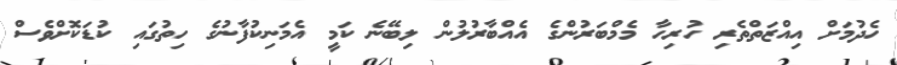
ހެދުމަށް އިއްޒަތްތެރި ހުރިހާ މެމްބަރުންގެ އެއްބާރުލުން ލިބޭނެ ކަމީ އެމަނިކުފާނުގެ ހިތުގައި ކުޑަކޮށްވެސް